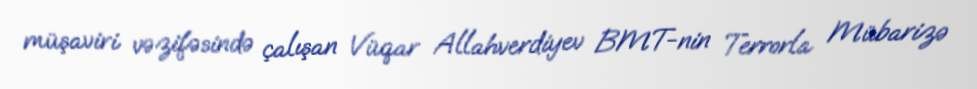
müşaviri vəzifəsində çalışan Vüqar Allahverdiyev BMT-nin Terrorla Mübarizə